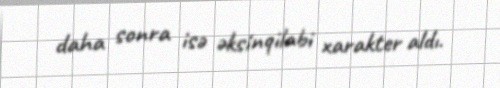
daha sonra isə əksinqilabi xarakter aldı.